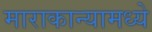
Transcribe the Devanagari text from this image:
माराकान्यामध्ये